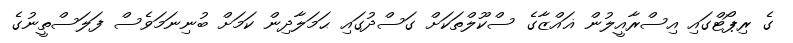
ގެ ރިޕޯޓްގައި އިސްރާއީލުން ޣައްޒާގެ ސްކޫލްތަކަށް ގަސްދުގައި ޙަމަލާދިން ކަމަށް ބުނިނަމަވެސް ފަލަސްތީނުގެ